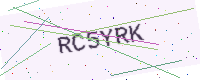
Text: RC5YRK